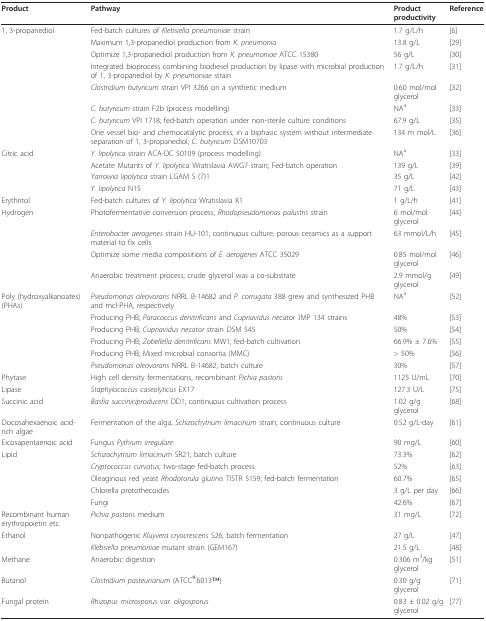
<table><thead><tr><td><b>Product</b></td><td><b>Pathway</b></td><td><b>Product productivity</b></td><td><b>Reference</b></td></tr></thead><tbody><tr><td>1, 3-propanediol</td><td>Fed-batch cultures of <i>Klebsiella pneumoniae </i>strain</td><td>1.7 g/L/h</td><td>[6]</td></tr><tr><td></td><td>Maximum 1,3-propanediol production from <i>K. pneumonia</i></td><td>13.8 g/L</td><td>[29]</td></tr><tr><td></td><td>Optimize 1,3-propanediol production from <i>K. pneumoniae </i>ATCC 15380</td><td>56 g/L</td><td>[30]</td></tr><tr><td></td><td>Integrated bioprocess combining biodiesel production by lipase with microbial production of 1, 3-propanediol by <i>K. pneumoniae </i>strain</td><td>1.7 g/L/h</td><td>[31]</td></tr><tr><td></td><td><i>Clostridium butyricum </i>strain VPI 3266 on a synthetic medium</td><td>0.60 mol/mol glycerol</td><td>[32]</td></tr><tr><td></td><td><i>C. butyricum </i>strain F2b (process modelling)</td><td>NA<sup>a</sup></td><td>[33]</td></tr><tr><td></td><td><i>C. butyricum </i>VPI 1718; fed-batch operation under non-sterile culture conditions</td><td>67.9 g/L</td><td>[35]</td></tr><tr><td></td><td>One vessel bio- and chemocatalytic process; in a biphasic system without intermediate separation of 1, 3-propanediol; <i>C. butyricum </i>DSM10703</td><td>134 m mol/L</td><td>[36]</td></tr><tr><td>Citric acid</td><td><i>Y. lipolytica </i>strain ACA-DC 50109 (process modelling)</td><td>NA<sup>a</sup></td><td>[33]</td></tr><tr><td></td><td>Acetate Mutants of <i>Y. lipolytica </i>Wratislavia AWG7 strain; Fed-batch operation</td><td>139 g/L</td><td>[39]</td></tr><tr><td></td><td><i>Yarrowia lipolytica </i>strain LGAM S (7)1</td><td>35 g/L</td><td>[42]</td></tr><tr><td></td><td><i>Y. lipolytica </i>N15</td><td>71 g/L</td><td>[43]</td></tr><tr><td>Erythritol</td><td>Fed-batch cultures of <i>Y. lipolytica </i>Wratislavia K1</td><td>1 g/L/h</td><td>[41]</td></tr><tr><td>Hydrogen</td><td>Photofermentative conversion process; <i>Rhodopseudomonas palustris </i>strain</td><td>6 mol/mol glycerol</td><td>[44]</td></tr><tr><td></td><td><i>Enterobacter aerogenes </i>strain HU-101; continuous culture; porous ceramics as a support material to fix cells</td><td>63 mmol/L/h</td><td>[45]</td></tr><tr><td></td><td>Optimize some media compositions of <i>E. aerogenes </i>ATCC 35029</td><td>0.85 mol/mol glycerol</td><td>[46]</td></tr><tr><td></td><td>Anaerobic treatment process; crude glycerol was a co-substrate</td><td>2.9 mmol/g glycerol</td><td>[49]</td></tr><tr><td>Poly (hydroxyalkanoates) (PHAs)</td><td><i>Pseudomonas oleovorans </i>NRRL B-14682 and <i>P. corrugata </i>388 grew and synthesized PHB and mcl-PHA, respectively</td><td>NA<sup>a</sup></td><td>[52]</td></tr><tr><td></td><td>Producing PHB; <i>Paracoccus denitrificans </i>and <i>Cupriavidus necator </i>JMP 134 strains</td><td>48%</td><td>[53]</td></tr><tr><td></td><td>Producing PHB; <i>Cupriavidus necator </i>strain DSM 545</td><td>50%</td><td>[54]</td></tr><tr><td></td><td>Producing PHB; <i>Zobellella denitrificans </i>MW1; fed-batch cultivation</td><td>66.9% ± 7.6%</td><td>[55]</td></tr><tr><td></td><td>Producing PHB; Mixed microbial consortia (MMC)</td><td>&gt; 50%</td><td>[56]</td></tr><tr><td></td><td><i>Pseudomonas oleovorans </i>NRRL B-14682; batch culture</td><td>30%</td><td>[57]</td></tr><tr><td>Phytase</td><td>High cell density fermentations, recombinant <i>Pichia pastoris</i></td><td>1125 U/mL</td><td>[70]</td></tr><tr><td>Lipase</td><td><i>Staphylococcus caseolyticus </i>EX17</td><td>127.3 U/L</td><td>[75]</td></tr><tr><td>Succinic acid</td><td><i>Basfia succiniciproducens </i>DD1; continuous cultivation process</td><td>1.02 g/g glycerol</td><td>[68]</td></tr><tr><td>Docosahexaenoic acid-rich algae</td><td>Fermentation of the alga, <i>Schizochytrium limacinum </i>strain; continuous culture</td><td>0.52 g/L-day</td><td>[61]</td></tr><tr><td>Eicosapentaenoic acid</td><td>Fungus <i>Pythium irregulare</i></td><td>90 mg/L</td><td>[60]</td></tr><tr><td>Lipid</td><td><i>Schizochytrium limacinum </i>SR21; batch culture</td><td>73.3%</td><td>[62]</td></tr><tr><td></td><td><i>Cryptococcus curvatus</i>; two-stage fed-batch process</td><td>52%</td><td>[63]</td></tr><tr><td></td><td>Oleaginous red yeast <i>Rhodotorula glutinis </i>TISTR 5159; fed-batch fermentation</td><td>60.7%</td><td>[65]</td></tr><tr><td></td><td>Chlorella protothecoides</td><td>3 g/L per day</td><td>[66]</td></tr><tr><td></td><td>Fungi</td><td>42.6%</td><td>[67]</td></tr><tr><td>Recombinant human erythropoietin etc.</td><td><i>Pichia pastoris </i>medium</td><td>31 mg/L</td><td>[72]</td></tr><tr><td>Ethanol</td><td>Nonpathogenic <i>Kluyvera cryocrescens </i>S26; batch fermentation</td><td>27 g/L</td><td>[47]</td></tr><tr><td></td><td><i>Klebsiella pneumoniae </i>mutant strain (GEM167)</td><td>21.5 g/L</td><td>[48]</td></tr><tr><td>Methane</td><td>Anaerobic digestion</td><td>0.306 m<sup>3</sup>/kg glycerol</td><td>[51]</td></tr><tr><td>Butanol</td><td><i>Clostridium pasteurianum </i>(ATCC<sup>®</sup>6013TM)</td><td>0.30 g/g glycerol</td><td>[71]</td></tr><tr><td>Fungal protein</td><td><i>Rhizopus microsporus var. oligosporus</i></td><td>0.83 ± 0.02 g/g glycerol</td><td>[77]</td></tr></tbody></table>